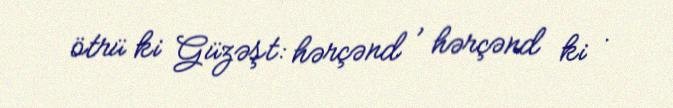
ötrü ki Güzəşt: hərçənd , hərçənd ki .